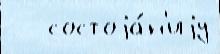
   состоjа́н'иjу